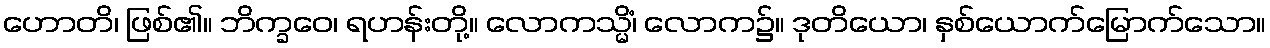
ဟောတိ၊ ဖြစ်၏။ ဘိက္ခဝေ၊ ရဟန်းတို့။ လောကသ္မိံ၊ လောက၌။ ဒုတိယော၊ နှစ်ယောက်မြောက်သော။